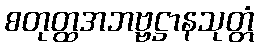
စတုတ္ထအဘဗ္ဗဋ္ဌာနသုတ္တံ